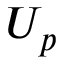
U _ { p }